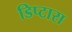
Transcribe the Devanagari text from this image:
डिप्टारा